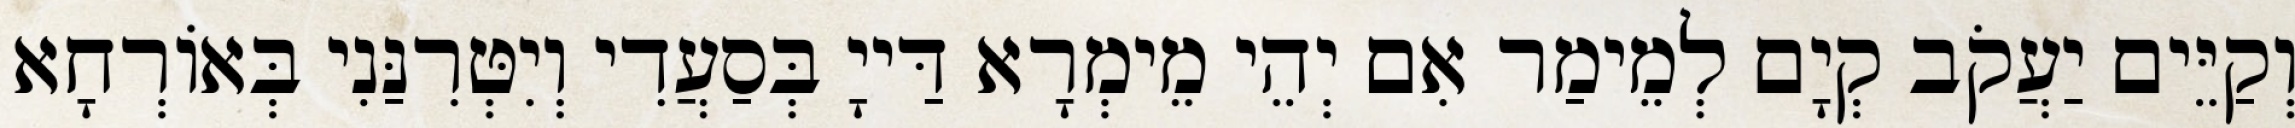
וְקַיֵּים יַעֲקֹב קְיָם לְמֵימַר אִם יְהֵי מֵימְרָא דַּייָ בְּסַעֲדִי וְיִטְּרִנַּנִי בְּאוֹרְחָא